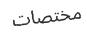
مختصات